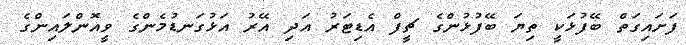
ފަށައިގަތް ބޭފުޅަކީ ތިޔަ ބޭފުޅުންގެ ޗީފް އެޑިޓަރު އަދި އޭރު އަޅުގަނޑުމެންގެ ވީއޮންލައިންގެ